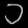
Digit: ၁